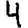
Digit: 4